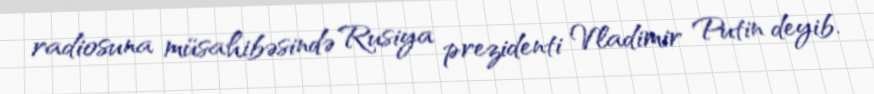
radiosuna müsahibəsində Rusiya prezidenti Vladimir Putin deyib.